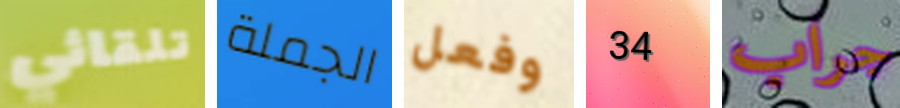
تلقائي الجملة وفعل 34 جراب